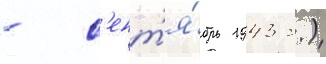
- с'ент'я́брь 1943 г.)